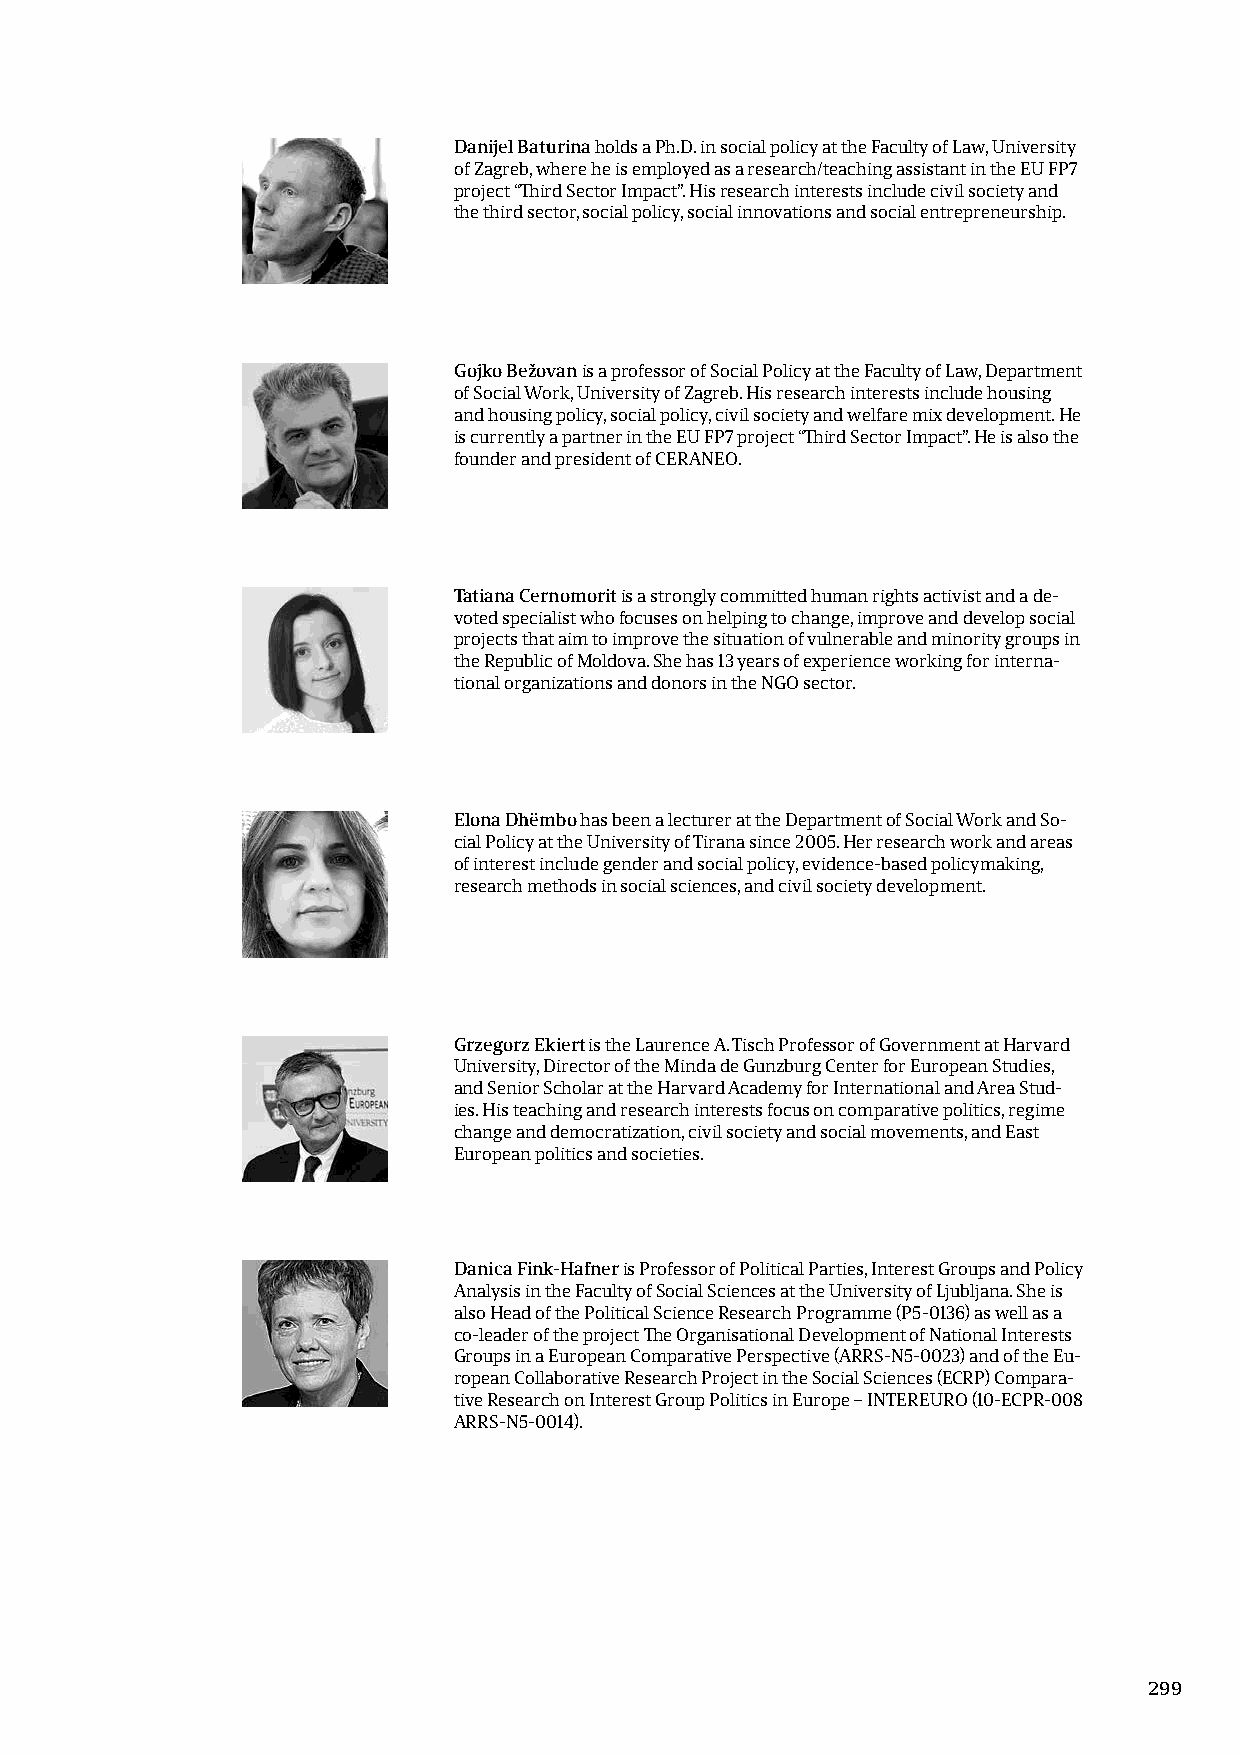
Danijel Baturina holds a Ph.D. in social policy at the Faculty of Law, University
 of Zagreb, where he is employed as a research/teaching assistant in the EU FP7
 project “Third Sector Impact”. His research interests include civil society and
 the third sector, social policy, social innovations and social entrepreneurship.
 Gojko Bežovan is a professor of Social Policy at the Faculty of Law, Department
 of Social Work, University of Zagreb. His research interests include housing
 and housing policy, social policy, civil society and welfare mix development. He
 is currently a partner in the EU FP7 project “Third Sector Impact”. He is also the
 founder and president of CERANEO.
 Tatiana Cernomorit is a strongly committed human rights activist and a de-
 voted specialist who focuses on helping to change, improve and develop social
 projects that aim to improve the situation of vulnerable and minority groups in
 the Republic of Moldova. She has 13 years of experience working for interna-
 tional organizations and donors in the NGO sector.
 Elona Dhëmbo has been a lecturer at the Department of Social Work and So-
 cial Policy at the University of Tirana since 2005. Her research work and areas
 of interest include gender and social policy, evidence-based policymaking,
 research methods in social sciences, and civil society development.
 Grzegorz Ekiert is the Laurence A. Tisch Professor of Government at Harvard
 University, Director of the Minda de Gunzburg Center for European Studies,
 and Senior Scholar at the Harvard Academy for International and Area Stud-
 ies. His teaching and research interests focus on comparative politics, regime
 change and democratization, civil society and social movements, and East
 European politics and societies.
 Danica Fink-Hafner is Professor of Political Parties, Interest Groups and Policy
 Analysis in the Faculty of Social Sciences at the University of Ljubljana. She is
 also Head of the Political Science Research Programme (P5-0136) as well as a
 co-leader of the project The Organisational Development of National Interests
 Groups in a European Comparative Perspective (ARRS-N5-0023) and of the Eu-
 ropean Collaborative Research Project in the Social Sciences (ECRP) Compara-
 tive Research on Interest Group Politics in Europe – INTEREURO (10-ECPR-008
 ARRS-N5-0014).
 299